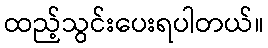
ထည့်သွင်းပေးရပါတယ်။